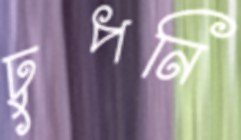
ঢুপনি